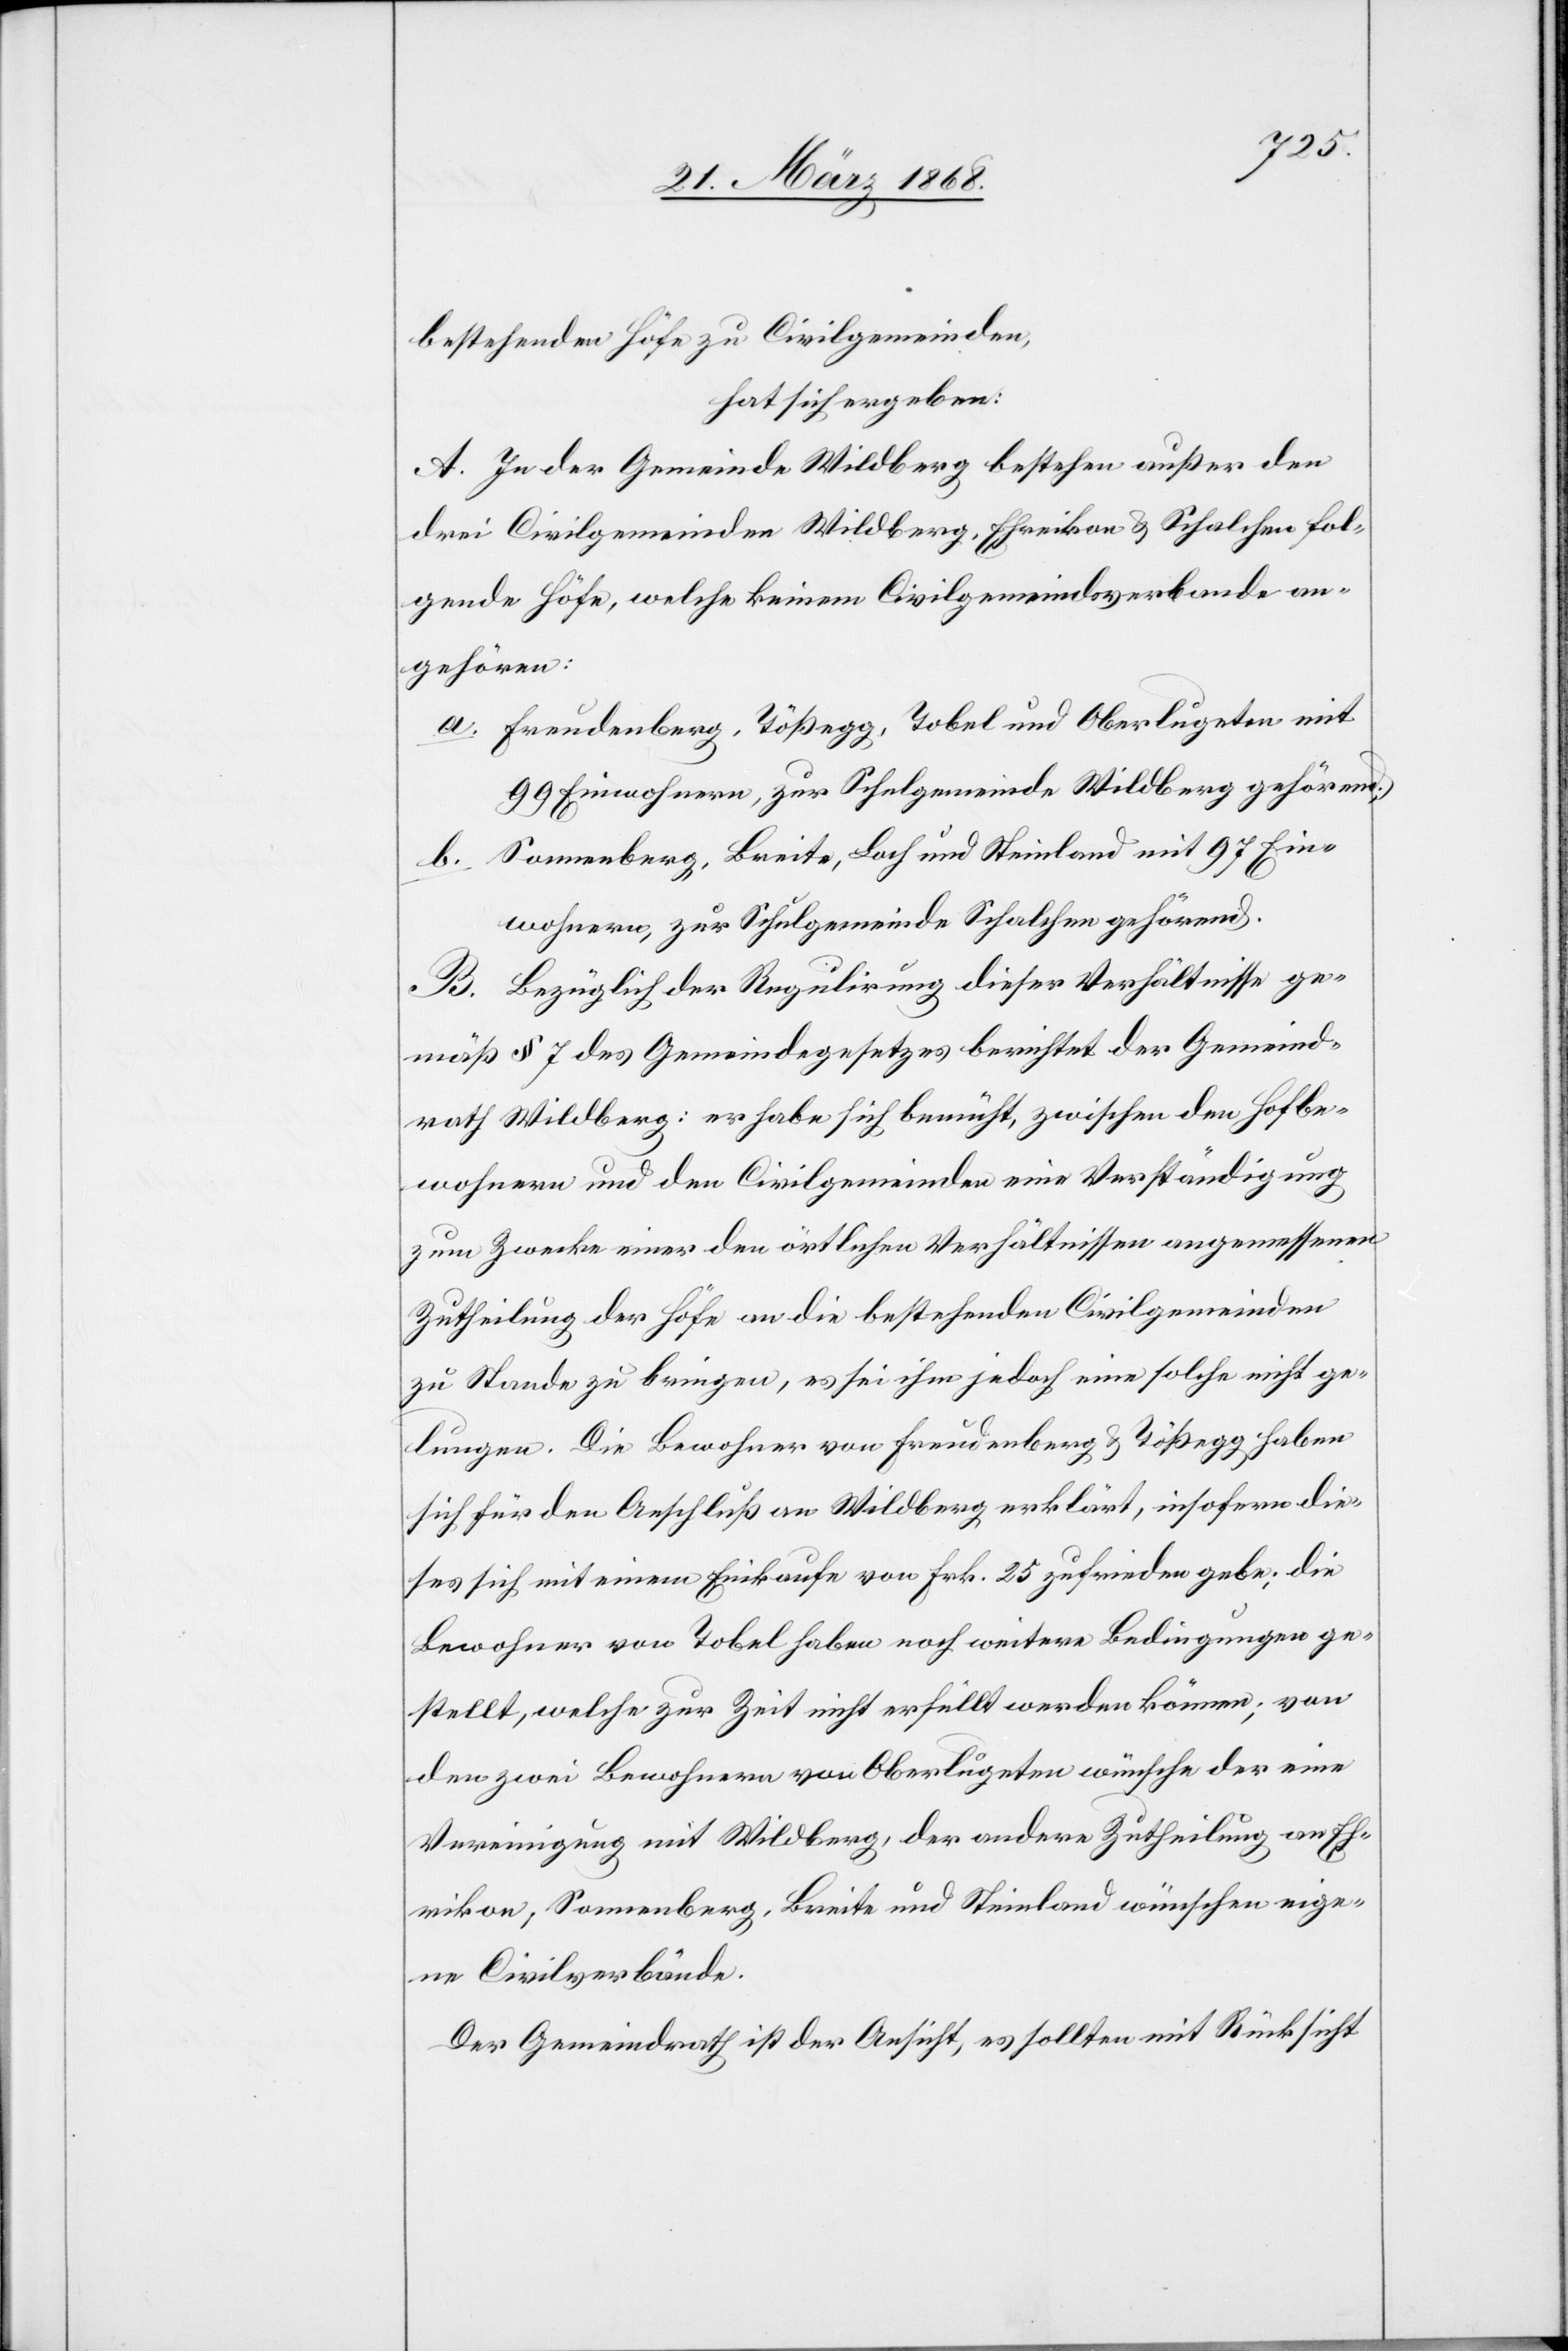
bestehenden Höfe zu Civilgemeinden,
hat sich ergeben:
A. In der Gemeinde Wildberg bestehen außer den
drei Civilgemeinden Wildberg, Ehreikon [recte:
folgende Höfe, welche keinem Civilgemeindsverbande an¬
gehören:
Freudenberg, Tößegg, Tobel und Oberlugeten mit
99 Einwohnern, zur Schulgemeinde Wildberg gehörend;
Sonnenberg, Breite, Loch und Steinland mit 97 Ein¬
wohnern, zur Schulgemeinde Schalchen gehörend.
B. Bezüglich der Regulirung dieser Verhältnisse ge¬
mäß § 7 des Gemeindegesetzes berichtet der Gemeind¬
rath Wildberg: er habe sich bemüht, zwischen den Hofbe¬
wohnern und den Civilgemeinden eine Verständigung
zum Zwecke einer den örtlichen Verhältnissen angemessenen
Zutheilung der Höfe an die bestehenden Civilgemeinden
zu Stande zu bringen, es sei ihm jedoch eine solche nicht ge¬
lungen. Die Bewohner von Freudenberg & Tößegg haben
sich für den Anschluß an Wildberg erklärt, insofern die¬
ses sich mit einem Einkaufe von Frk. 25 zufrieden gebe; die
Bewohner von Tobel haben noch weitere Bedingungen ge¬
stellt, welche zur Zeit nicht erfüllt werden können; von
den zwei Bewohnern von Oberlugeten wünsche der eine
Vereinigung mit Wildberg, der andere Zutheilung an Eh¬
rikon; Sonnenberg, Breite und Steinland wünschen eige¬
ne Civilverbände.
Der Gemeindrath ist der Ansicht, es sollten mit Rücksicht